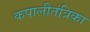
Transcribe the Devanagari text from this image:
कपालीतंत्रिका